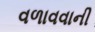
વળાવવાની